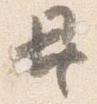
異